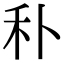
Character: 𥝒